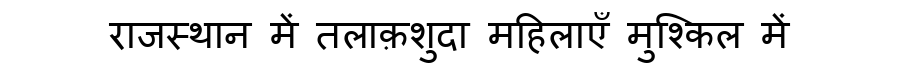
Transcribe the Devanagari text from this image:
राजस्थान में तलाक़शुदा महिलाएँ मुश्किल में